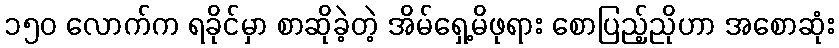
၁၅၀ လောက်က ရခိုင်မှာ စာဆိုခဲ့တဲ့ အိမ်ရှေ့မိဖုရား စောပြည့်ညိုဟာ အစောဆုံး